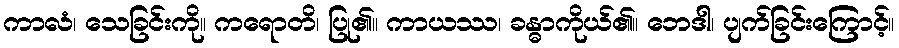
ကာလံ၊ သေခြင်းကို။ ကရောတိ၊ ပြု၏။ ကာယဿ၊ ခန္ဓာကိုယ်၏။ ဘေဒါ၊ ပျက်ခြင်းကြောင့်။